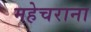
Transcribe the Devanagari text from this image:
महेचराना